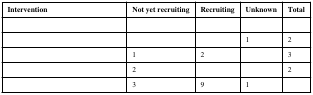
<table><thead><tr><td><b>Intervention</b></td><td><b>Not yet recruiting</b></td><td><b>Recruiting</b></td><td><b>Unknown</b></td><td><b>Total</b></td></tr></thead><tbody><tr><td>[EMPTY_CELL]</td><td>[EMPTY_CELL]</td><td>[EMPTY_CELL]</td><td>[EMPTY_CELL]</td><td>[EMPTY_CELL]</td></tr><tr><td>[EMPTY_CELL]</td><td>[EMPTY_CELL]</td><td>[EMPTY_CELL]</td><td>1</td><td>2</td></tr><tr><td>[EMPTY_CELL]</td><td>1</td><td>2</td><td>[EMPTY_CELL]</td><td>3</td></tr><tr><td>[EMPTY_CELL]</td><td>2</td><td>[EMPTY_CELL]</td><td>[EMPTY_CELL]</td><td>2</td></tr><tr><td>[EMPTY_CELL]</td><td>3</td><td>9</td><td>1</td><td>[EMPTY_CELL]</td></tr></tbody></table>